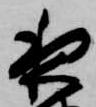
夜